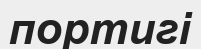
портигі